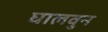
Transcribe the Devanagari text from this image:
घालवुन